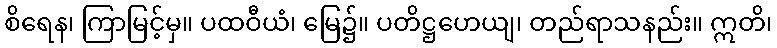
စိရေန၊ ကြာမြင့်မှ။ ပထဝီယံ၊ မြေ၌။ ပတိဋ္ဌဟေယျ၊ တည်ရာသနည်း။ ဣတိ၊